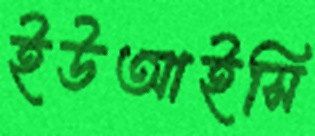
ইউআইসি